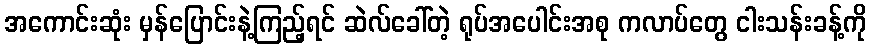
အကောင်းဆုံး မှန်ပြောင်းနဲ့ကြည့်ရင် ဆဲလ်ခေါ်တဲ့ ရုပ်အပေါင်းအစု ကလာပ်တွေ ငါးသန်းခန့်ကို